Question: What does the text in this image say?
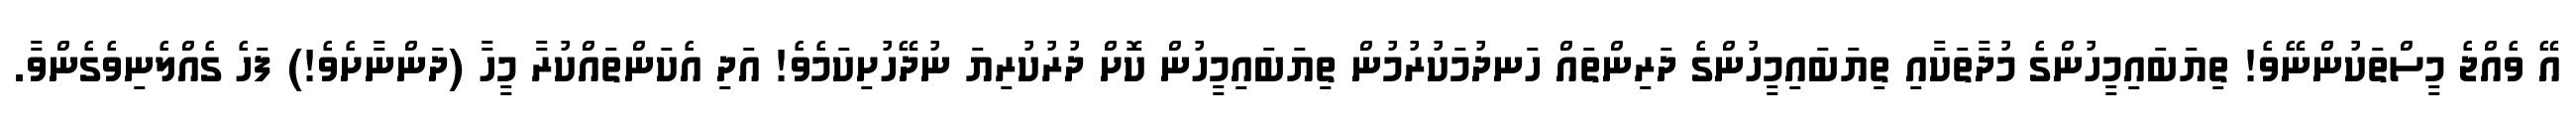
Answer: އޭ ވެއްޖެ މީސްތަކުންނޭވެ! ތިޔަބައިމީހުންގެ މުދާތަކާއި ތިޔަބައިމީހުންގެ ދަރިންތައް ހަނދުމަކުރުމުން ތިޔަބައިމީހުން ކޮށް ދުރުކުރިޔަ ނުދޭހުށިކަމެވެ! އަދި އެކަންތައްކުރާ މީހާ (ދަންނާށެވެ!) ފަހެ ގެއްލެނިވެގެންވާ.